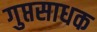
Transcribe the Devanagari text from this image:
गुप्तसाधक